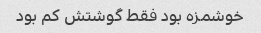
خوشمزه بود فقط گوشتش کم بود